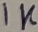
Text: 1K